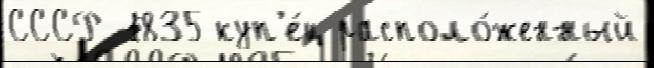
СССР 1835 куп'е́ц располо́женный